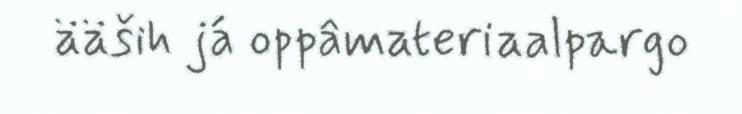
ääših já oppâmateriaalpargo